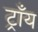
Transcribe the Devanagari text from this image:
ट्राँय